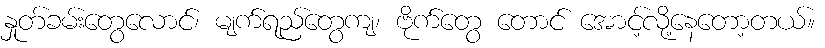
နှုတ်ခမ်းတွေလောင်၊ မျက်ရည်တွေကျ၊ ဗိုက်တွေ တောင် အောင့်လို့နေတော့တယ်။